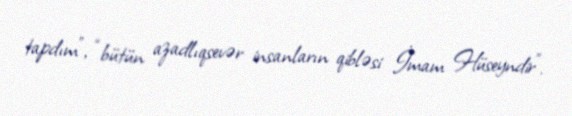
tapdım”, “bütün azadlıqsevər insanların qibləsi İmam Hüseyndir”.